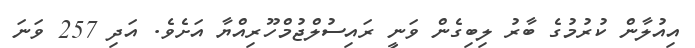
އިއުލާން ކުރުމުގެ ބާރު ލިބިގެން ވަނީ ރައިސުލްޖުމްހޫރިއްޔާ އަށެވެ. އަދި 257 ވަނަ